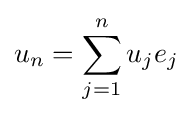
u_{n}=\sum _{j=1}^{n}u_{j}e_{j}